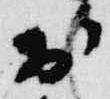
於